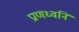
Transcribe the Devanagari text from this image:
प्राणध्वनि